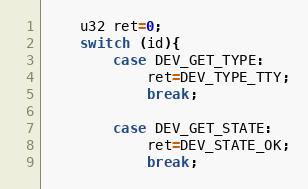
Language: C++
	u32 ret=0;
	switch (id){
		case DEV_GET_TYPE:
			ret=DEV_TYPE_TTY;
			break;

		case DEV_GET_STATE:
			ret=DEV_STATE_OK;
			break;